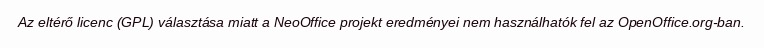
Az eltérő licenc (GPL) választása miatt a NeoOffice projekt eredményei nem használhatók fel az OpenOffice.org-ban.